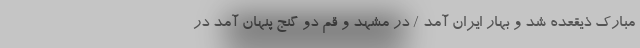
مبارک ذیقعده شد و بهار ایران آمد / در مشهد و قم دو گنج پنهان آمد در